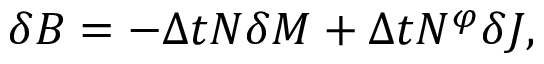
\delta B = - \Delta t N \delta M + \Delta t N ^ { \varphi } \delta J ,